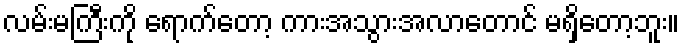
လမ်းမကြီးကို ရောက်တော့ ကားအသွားအလာတောင် မရှိတော့ဘူး။